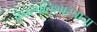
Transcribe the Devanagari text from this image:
वनस्पतिशास्त्राचा